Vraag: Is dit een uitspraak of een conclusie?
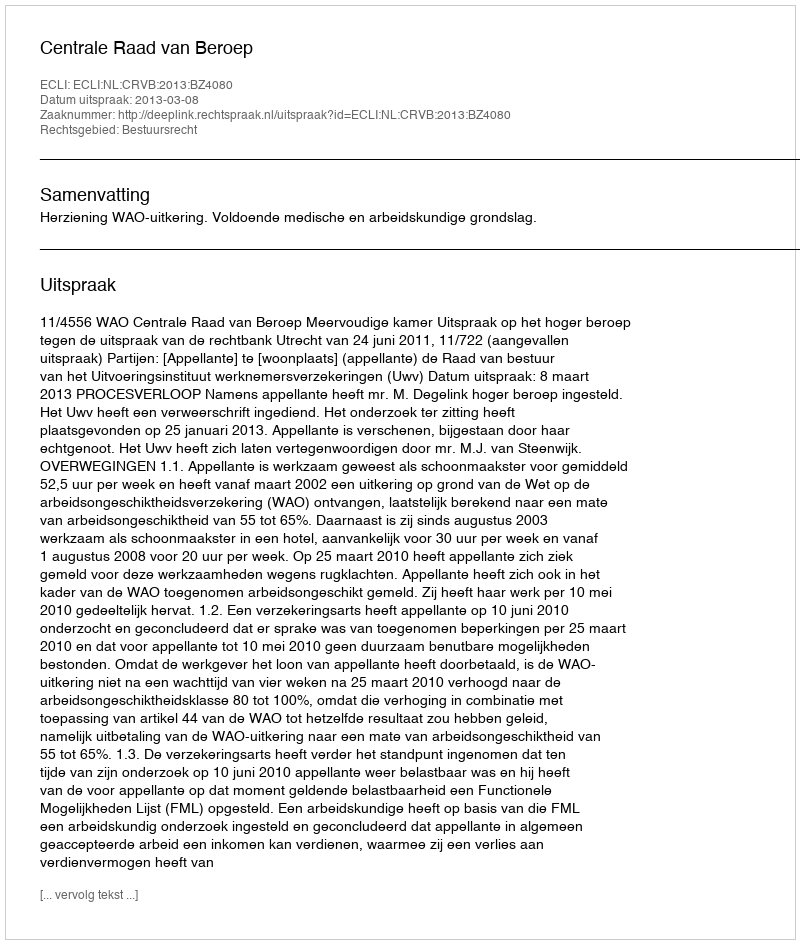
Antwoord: Uitspraak